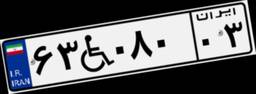
۵۶W۹۷۵۸۲